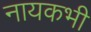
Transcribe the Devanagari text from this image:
नायकभी